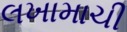
લખામાચી